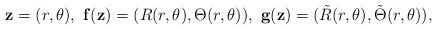
LaTeX: \begin{align*} \mathbf{z}=(r,\theta ),\ \mathbf{f}(\mathbf{z})=(R(r,\theta ),\Theta (r,\theta )),\ \mathbf{g}(\mathbf{z})=(\tilde{R}(r,\theta ),\tilde{\Theta }(r,\theta )), \end{align*}